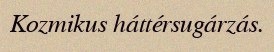
Kozmikus háttérsugárzás.